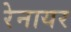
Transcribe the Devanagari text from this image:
रेनायर